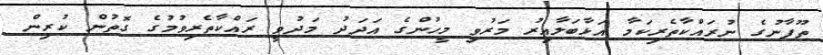
ތޫފާނުގެ ނުރައްކާތެރިކަމާ އަޅާބަލާއިރު މަރުވި މީހުންގެ އަދަދު މަދުވީ ރައްކާތެރިވުމުގެ ގޮތުން ކުރިން